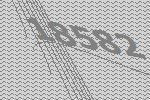
18582